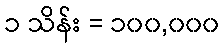
၁ သိန်း = ၁၀၀,၀၀၀